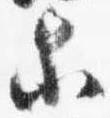
等